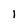
Character: 1